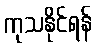
ကုသနိုင်ရန်